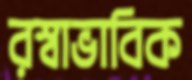
রস্বাভাবিক